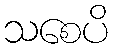
သစေပိ